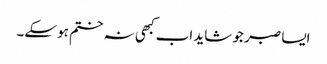
ایسا صبر جو شاید اب کبھی نہ ختم ہوسکے۔